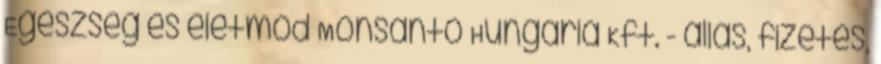
Egészség és életmód Monsanto Hungária Kft. - állás, fizetés,